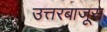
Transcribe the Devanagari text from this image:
उत्तरबाजूस